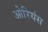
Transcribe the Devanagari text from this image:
ओरियंस